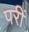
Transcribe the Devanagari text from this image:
परीं